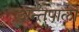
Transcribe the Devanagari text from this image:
अन्तपालों